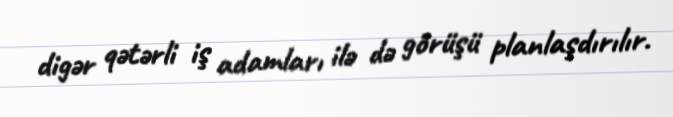
digər qətərli iş adamları ilə də görüşü planlaşdırılır.